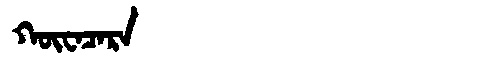
Manchu: ᡴᡡᠸᠠᠴᠠᡵᠠ
Romanization: KŪWACARA